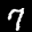
Digit: 7